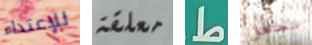
للإعتداء معلقة ط نتجاهل